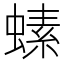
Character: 螦